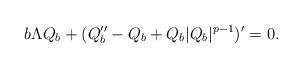
LaTeX: \begin{align*}b\Lambda Q_b+(Q_b''-Q_b+Q_b|Q_b|^{p-1})'=0.\end{align*}